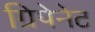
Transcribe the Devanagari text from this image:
ग्रिपेनेट